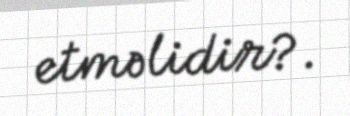
etməlidir?.